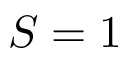
S = 1